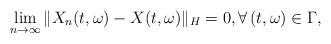
LaTeX: \begin{align*}\lim_{n\rightarrow\infty}\Vert X_n(t,\omega) - X(t,\omega)\Vert_H = 0, \forall\, (t,\omega)\in\Gamma ,\end{align*}